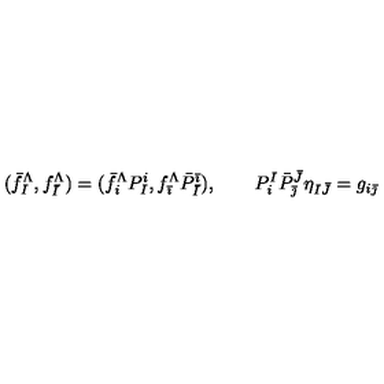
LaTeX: ( \bar { f } _ { I } ^ { \Lambda } , f _ { \bar { I } } ^ { \Lambda } ) = ( \bar { f } _ { i } ^ { \Lambda } P _ { I } ^ { i } , f _ { \bar { \imath } } ^ { \Lambda } \bar { P } _ { \bar { I } } ^ { \bar { \imath } } ) , \quad \quad P _ { i } ^ { I } \bar { P } _ { \bar { \jmath } } ^ { \bar { J } } \eta _ { I \bar { J } } = g _ { i \bar { \jmath } }